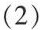
(2)